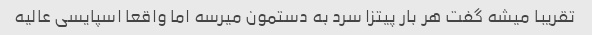
تقریبا میشه گفت هر بار پیتزا سرد به دستمون میرسه اما واقعا اسپایسی عالیه